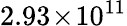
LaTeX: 2.93\! \times\! 10^{11}